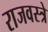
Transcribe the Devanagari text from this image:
राजवस्त्रे